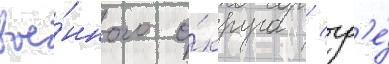
вое́нного о́круга / гд'е́